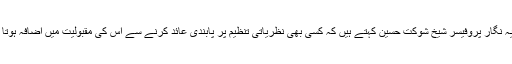
تجزیہ نگار پروفیسر شیخ شوکت حسین کہتے ہیں کہ کسی بھی نظریاتی تنظیم پر پابندی عائد کرنے سے اس کی مقبولیت میں اضافہ ہوتا ہے۔